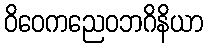
ဝိဝေကညေဝဘဂိနိယာ